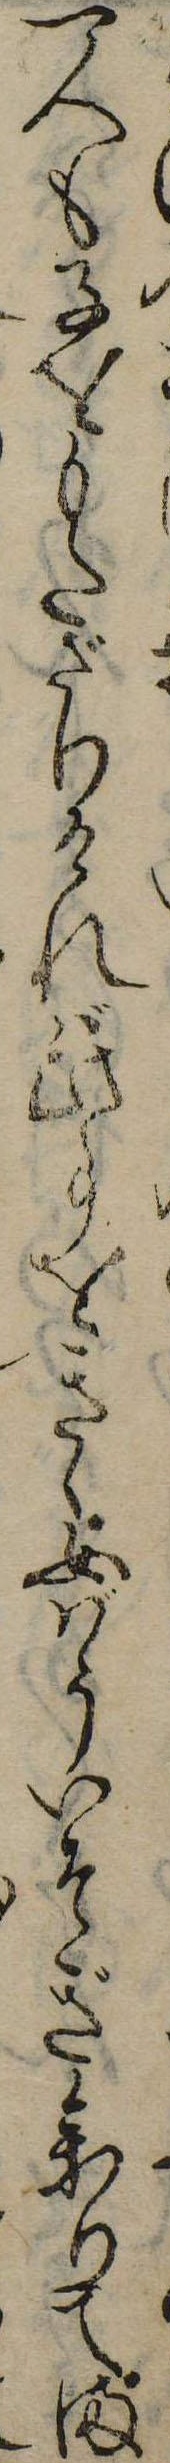
一人も子をもたざりければ此事をきゝ女ばういそぎ参りてま